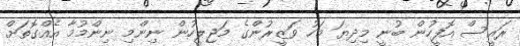
ރައީސް އޮފީހުން ބުނީ މިދިޔަ މަހު ވަޒީރުންގެ މަޖިލީހުން ނިންމި ނިންމުމާ އެއްގޮތަށް